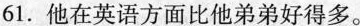
61.他在英语方面比他弟弟好得多。